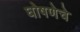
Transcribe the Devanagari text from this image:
घोषणेचे